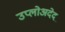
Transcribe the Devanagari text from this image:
उप्लोअदेद